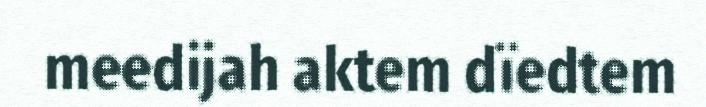
meedijah aktem dïedtem